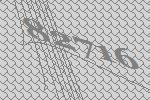
82716